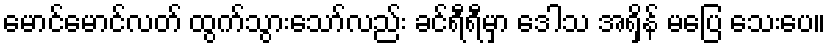
မောင်မောင်လတ် ထွက်သွားသော်လည်း ခင်ရီရီမှာ ဒေါသ အရှိန် မပြေ သေးပေ။